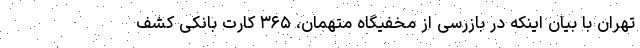
تهران با بیان اینکه در بازرسی از مخفیگاه متهمان، ۳۶۵ کارت بانکی کشف